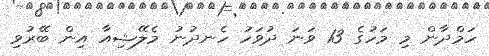
ހަމްދާން މި މަހުގެ 13 ވަނަ ދުވަހު ހެނދުނު މެލޭޝިއާ އިން ބޭރުވި